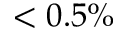
< 0 . 5 \%